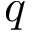
\boldsymbol q